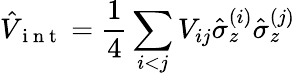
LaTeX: \hat{V}_{\mathrm{~i~n~t~}}=\frac{1}{4}\sum_{i<j}V_{ij}\hat{\sigma}_{z}^{(i)}\hat{\sigma}_{z}^{(j)}